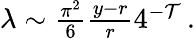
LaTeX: \begin{array}{r}{\lambda\sim\frac{\pi^{2}}{6}\frac{y-r}{r}4^{-\mathcal T}\, .}\end{array}